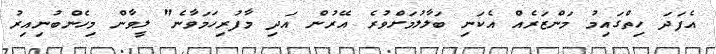
އެފަދަ ހިތްގައިމު މަންޒަރެއް އެކަނި ބަލާލުމަށްވުރެ އޭރުން އަދި މާފުރިހަމަވާނެ" ލީވާން މިހެންބުނިއިރު